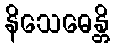
နိသေဓေန္တိ